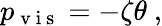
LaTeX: p_{\mathrm{~v~i~s~}}=-\zeta\theta~,